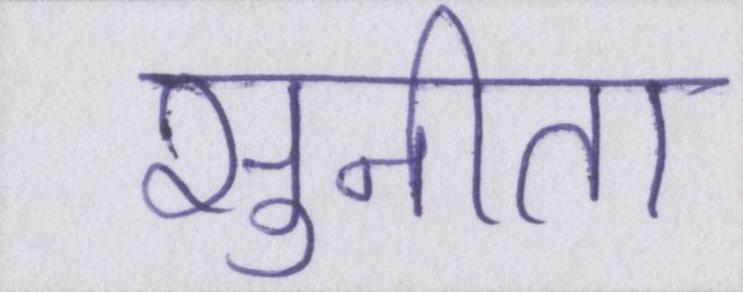
सुनीता